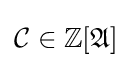
{\mathcal {C}}\in \mathbb {Z} [{\mathfrak {A}}]